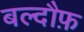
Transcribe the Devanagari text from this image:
बल्दौफ़